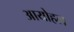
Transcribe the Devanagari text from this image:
आयोहल